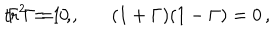
\mathrm { t r } \ \Gamma = 0 \, , \hspace { 1 c m } \Gamma ^ { 2 } = 1 \ , \qquad ( 1 + \Gamma ) ( 1 - \Gamma ) = 0 \, ,